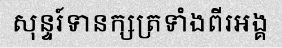
សុន្ទរ៍ទានក្សត្រទាំងពីរអង្គ